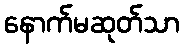
နောက်မဆုတ်သာ